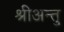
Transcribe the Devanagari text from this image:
श्रीअन्तु